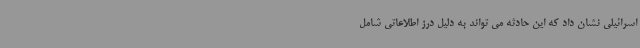
اسرائیلی نشان داد که این حادثه می تواند به دلیل درز اطلاعاتی شامل